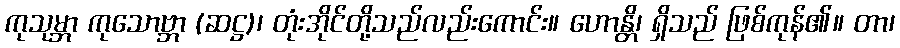
ကုသုမ္ဘာ ကုသောဗ္ဘာ (ဆဋ္ဌ)၊ တုံးအိုင်တို့သည်လည်းကောင်း။ ဟောန္တိ၊ ရှိသည် ဖြစ်ကုန်၏။ တာ၊